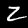
Label: 2